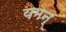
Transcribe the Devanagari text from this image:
यमन्